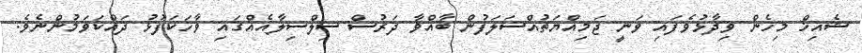
ޝެއިޚް މިހެން ވިދާޅުވެފައި ވަނީ ޖަމިއްޔަތުއްސަލަފުން ބާއްވާ ދަރުސް ސިލްސިލާއެއްގައި ވާހަކަފުޅު ދައްކަވަމުންނެވެ.